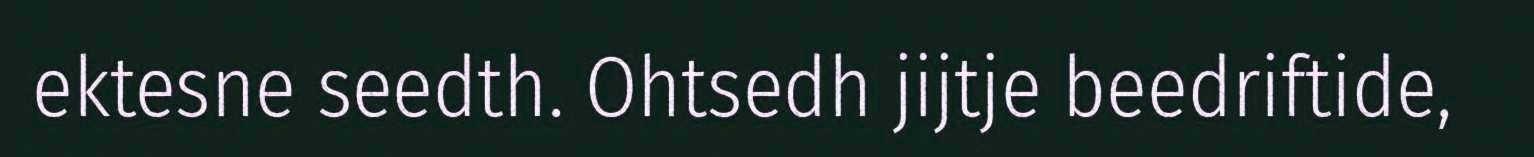
ektesne seedth. Ohtsedh jijtje beedriftide,